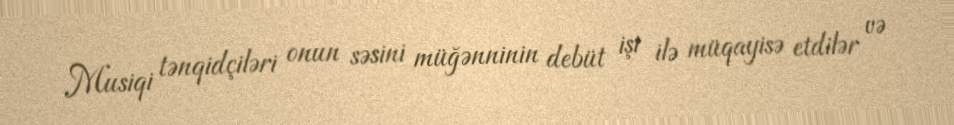
Musiqi tənqidçiləri onun səsini müğənninin debüt işi ilə müqayisə etdilər və